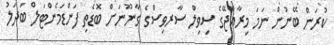
ކުރަން ބޭނުން ނަމަ މިރާއްޖޭގެ ސިވިލް ސާރވިސްގެ ގާނޫނަށް ބޮޑެތި ފަންޑަމެންޓަލް ބަދަލު